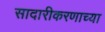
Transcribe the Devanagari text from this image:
सादारीकरणाच्या